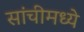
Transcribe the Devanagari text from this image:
सांचीमध्ये